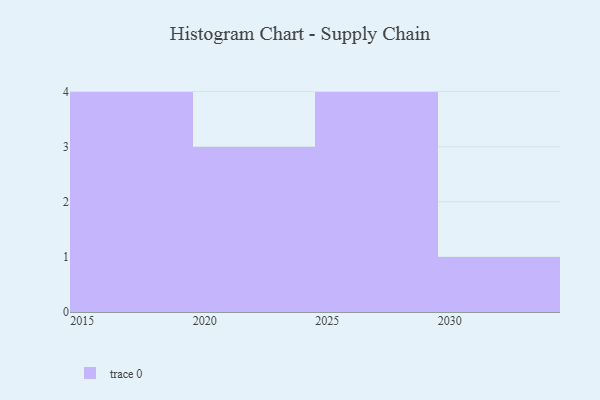
{"axis": {"x": "Year", "y": "Revenue (USD Million)"}, "legend": [""], "data": [{"x": "2016", "y": 92, "type": ""}, {"x": "2019", "y": 49, "type": ""}, {"x": "2029", "y": 10, "type": ""}, {"x": "2021", "y": 54, "type": ""}, {"x": "2025", "y": 75, "type": ""}, {"x": "2026", "y": 43, "type": ""}, {"x": "2030", "y": 12, "type": ""}, {"x": "2018", "y": 56, "type": ""}, {"x": "2022", "y": 57, "type": ""}, {"x": "2027", "y": 55, "type": ""}, {"x": "2017", "y": 15, "type": ""}, {"x": "2024", "y": 9, "type": ""}]}